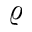
\varrho